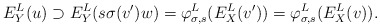
\begin{align*}E^L_Y(u) \supset E^L_Y(s \sigma(v')w) = \varphi_{\sigma, s}^L(E^L_X(v')) = \varphi_{\sigma, s}^L(E^L_X(v)).\end{align*}